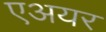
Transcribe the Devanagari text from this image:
एअयर